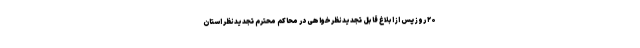
۲۰ روز پس از ابلاغ قابل تجدیدنظرخواهی در محاکم محترم تجدیدنظر استان